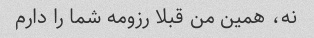
نه، همین من قبلا رزومه شما را دارم